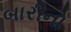
બારીનો